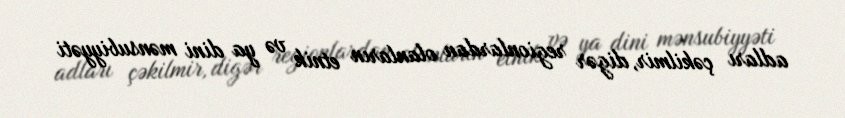
adları çəkilmir, digər regionlardan olanların etnik və ya dini mənsubiyyəti